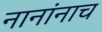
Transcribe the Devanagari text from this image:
नानांनाच